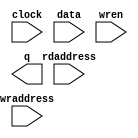
module reftable (
	clock,
	data,
	rdaddress,
	wraddress,
	wren,
	q);

	input	  clock;
	input	[11:0]  data;
	input	[11:0]  rdaddress;
	input	[11:0]  wraddress;
	input	  wren;
	output	[11:0]  q;
`ifndef ALTERA_RESERVED_QIS
// synopsys translate_off
`endif
	tri1	  clock;
	tri0	  wren;
`ifndef ALTERA_RESERVED_QIS
// synopsys translate_on
`endif

endmodule